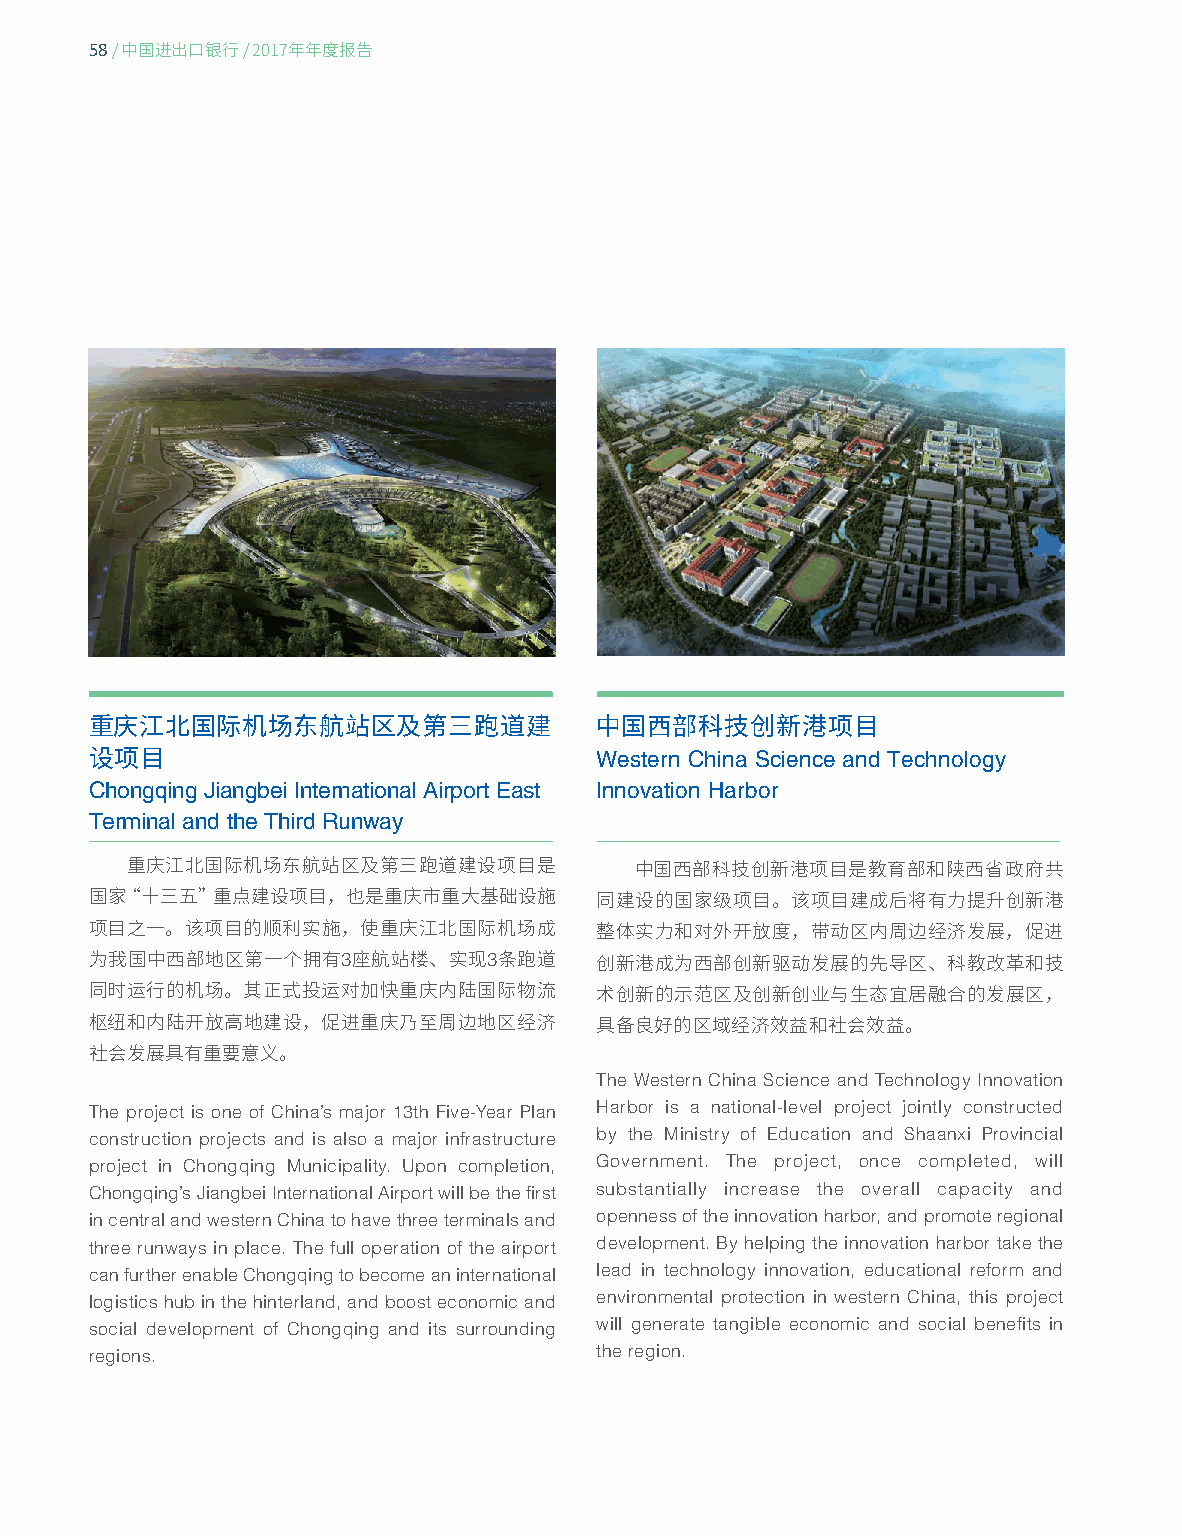
58
 / 中国进出口银行/ 2017年年度报告
 重庆江北国际机场东航站区及第三跑道建               中国西部科技创新港项目
 Western China Science and Technology
 设项目
 Chongqing Jiangbei International Airport East Innovation Harbor
 Terminal and the Third Runway
 重庆江北国际机场东航站区及第三跑道建设项目是            中国西部科技创新港项目是教育部和陕西省政府共
 国家“十三五”重点建设项目，也是重庆市重大基础设施        同建设的国家级项目。该项目建成后将有力提升创新港
 项目之一。该项目的顺利实施，使重庆江北国际机场成         整体实力和对外开放度，带动区内周边经济发展，促进
 3        3
 为我国中西部地区第一个拥有    座航站楼、实现   条跑道   创新港成为西部创新驱动发展的先导区、科教改革和技
 同时运行的机场。其正式投运对加快重庆内陆国际物流         术创新的示范区及创新创业与生态宜居融合的发展区，
 枢纽和内陆开放高地建设，促进重庆乃至周边地区经济         具备良好的区域经济效益和社会效益。
 社会发展具有重要意义。
 The Western China Science and Technology Innovation
 The project is one of China’s major 13th Five-Year Plan Harbor is a national-level project jointly constructed
 construction projects and is also a major infrastructure by the Ministry of Education and Shaanxi Provincial
 project in Chongqing Municipality. Upon completion, Government. The project, once completed, will
 Chongqing’s Jiangbei International Airport will be the first substantially increase the overall capacity and
 in central and western China to have three terminals and openness of the innovation harbor, and promote regional
 three runways in place. The full operation of the airport development. By helping the innovation harbor take the
 can further enable Chongqing to become an international lead in technology innovation, educational reform and
 logistics hub in the hinterland, and boost economic and environmental protection in western China, this project
 social development of Chongqing and its surrounding will generate tangible economic and social benefits in
 regions.                         the region.